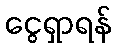
ငွေရှာရန်